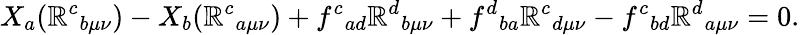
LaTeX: X_{a}(\mathbb{R}^{c}{}_{b\mu\nu})-X_{b}(\mathbb{R}^{c}{}_{a\mu\nu})+f^{c}{}_{ad}\mathbb{R}^{d}{}_{b\mu\nu}+f^{d}{}_{ba}\mathbb{R}^{c}{}_{d\mu\nu}-f^{c}{}_{bd}\mathbb{R}^{d}{}_{a\mu\nu}=0.